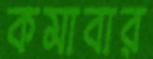
কমাবার